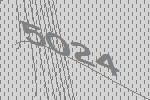
5024